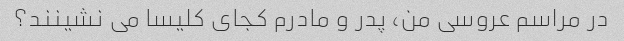
در مراسم عروسی من، پدر و مادرم کجای کلیسا می نشینند؟